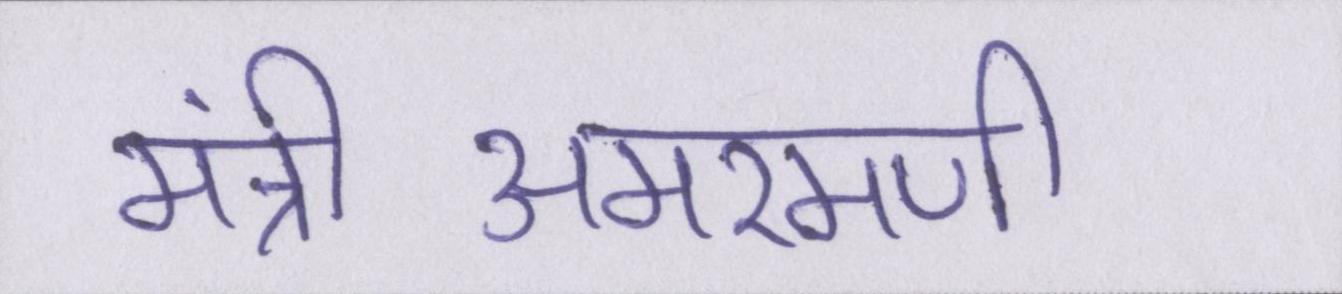
मंत्रीअमरमणी